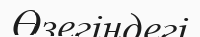
Өзегіндегі